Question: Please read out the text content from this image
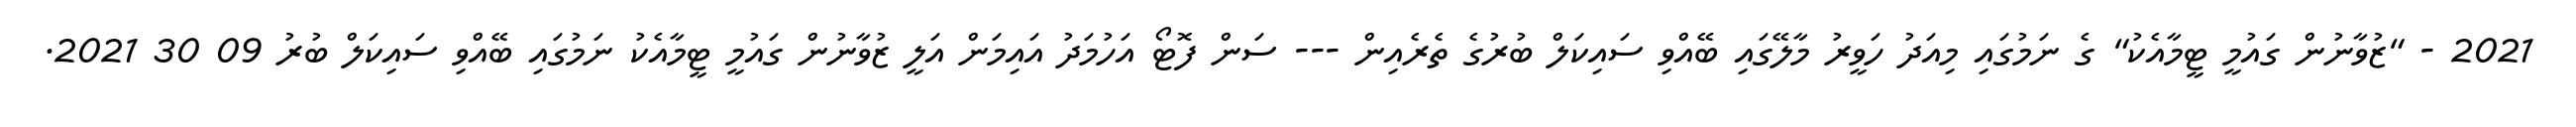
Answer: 2021 - "ޒުވާނުން ގައުމީ ޓީމާއެކު" ގެ ނަމުގައި މިއަދު ހަވީރު މާލޭގައި ބޭއްވި ސައިކަލް ބުރުގެ ތެރެއިން --- ސަން ފޮޓޯ އަހުމަދު އައިމަން އަލީ ޒުވާނުން ގައުމީ ޓީމާއެކު ނަމުގައި ބޭއްވި ސައިކަލް ބުރު 09 30 2021.